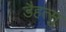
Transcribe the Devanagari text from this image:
डैहत्सु